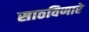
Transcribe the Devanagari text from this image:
साठविणारे